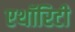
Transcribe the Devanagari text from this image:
एथॉरिटी